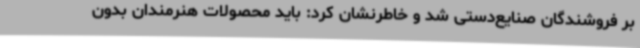
بر فروشندگان صنایع‌دستی شد و خاطرنشان کرد: باید محصولات هنرمندان بدون